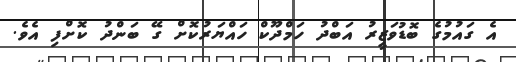
އެ ގައުމުގެ ބޮޑުވަޒީރު އަބްދު ހަމްދޫކް ހައްޔަރުކޮށް ގޭ ބަންދު ކޮށްފި އެވެ.